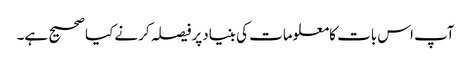
آپ اس بات کامعلومات کی بنیادپرفیصلہ کرنے کیاصحیح ہے۔